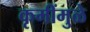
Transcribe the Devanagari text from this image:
कृमींमुळे